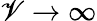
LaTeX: \mathscr{V}\rightarrow\infty